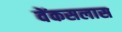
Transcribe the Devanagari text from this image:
वेंकसलास